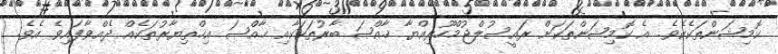
ކޮމިޝަންތަކެކެވެ. އެ ކޮމިޝަންތަކަށް ރައީސުލްޖުމްހޫރިއްޔާ ޚާއްޞަ ބާރުތަކަކާއި ޚާއްޞަ އިޚްތިޔާރުތަކެއް ދެއްވާފައިވެ އެވެ.